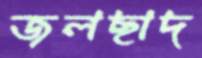
জলছাদ